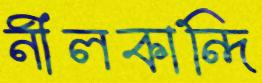
নীলকান্দি